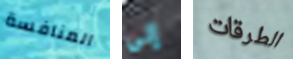
المنافسة إلى الطرقات